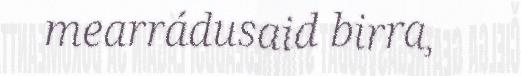
mearrádusaid birra,